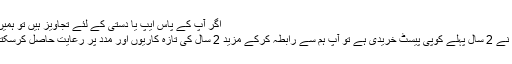
اگر آپ کے پاس ایپ یا دستی کے لئے تجاویز ہیں تو ہمیں بتائیں
اگر آپ نے 2 سال پہلے کوپی پیسٹ خریدی ہے تو آپ ہم سے رابطہ کرکے مزید 2 سال کی تازہ کاریوں اور مدد پر رعایت حاصل کرسکتے ہیں۔